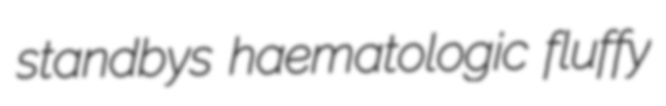
standbys haematologic fluffy